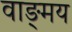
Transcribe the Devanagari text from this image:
वाङ्‍मय